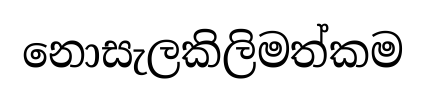
නොසැලකිලිමත්කම